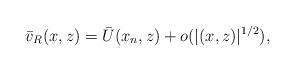
LaTeX: \begin{align*}\bar v_R(x,z) = \bar U(x_n,z) + o(|(x,z)|^{1/2}), \end{align*}